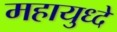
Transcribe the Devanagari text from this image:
महायुध्दे